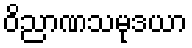
ဝိညာဏသမုဒယာ